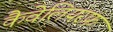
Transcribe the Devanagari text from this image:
कैवेलियरफ़